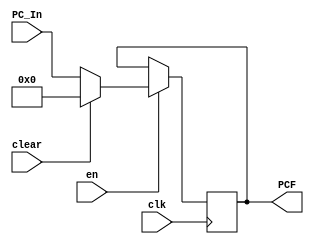
`timescale 1ns / 1ps
//////////////////////////////////////////////////////////////////////////////////
// Company: USTC ESLABEmbeded System Lab
// Design Name: RISCV-Pipline CPU
// Module Name: IFSegReg
// Target Devices: Nexys4
// Tool Versions: Vivado 2017.4.1
// Description: PC Register
//////////////////////////////////////////////////////////////////////////////////
module IFSegReg(
    input wire clk,
    input wire en, clear,
    input wire [31:0] PC_In,
    output reg [31:0] PCF
    );
    initial PCF = 0;
    
    always@(posedge clk)
        if(en) begin
            if(clear)
                PCF <= 0;
            else 
                PCF <= PC_In;
        end
    
endmodule